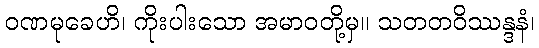
ဝဏမုခေဟိ၊ ကိုးပါးသော အမာဝတို့မှ။ သတတဝိဿန္ဒနံ၊